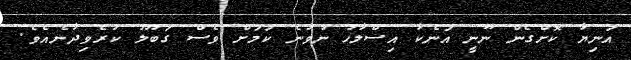
އަނިޔާ ކޮށްގެން ނޫނީ އަނެކާ އިސްލާހު ނުވާނެ ކަމަށް ވެސް ގަބޫލު ކުރެވިދާނެއެވެ.